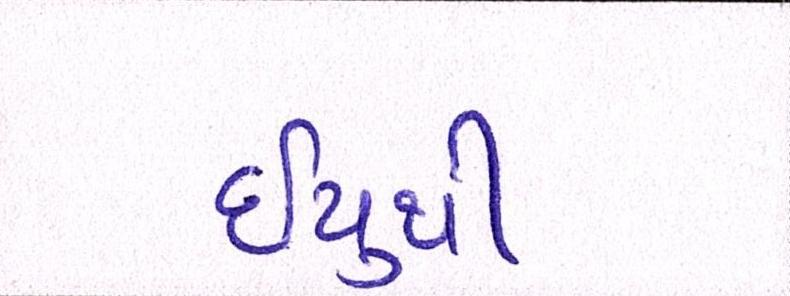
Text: ઇયુથી